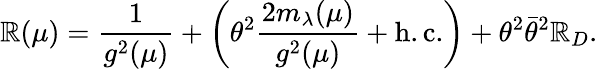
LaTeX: \mathbb{R}(\mu)=\frac{{1}}{{g^{2}(\mu)}}+\left(\theta^{2}\frac{{2m_{\lambda}(\mu)}}{{g^{2}(\mu)}}+\mathrm{{h.c.}}\right)+\theta^{2}\bar{{\theta}}^{2}\mathbb{R}_{D}.